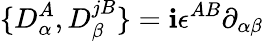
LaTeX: \{ D_{\alpha}^{A},D_{\beta}^{jB}\} =\mathbf{i}\epsilon^{AB}\partial_{\alpha\beta}